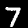
Digit: 7